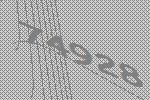
74928